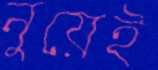
নুয়েই